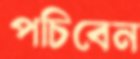
পচিবেন